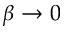
{ \beta \to 0 }